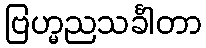
ဗြဟ္မညသင်္ခါတာ